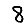
Digit: 8